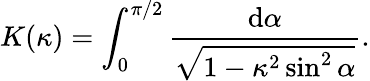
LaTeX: K(\kappa)=\int_{0}^{\pi/2}\frac{\mathrm{d}\alpha}{\sqrt{1-\kappa^{2}\sin^{2}\alpha}}.